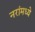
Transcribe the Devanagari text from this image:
नरांमध्ये